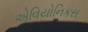
એવિયોનિકસ